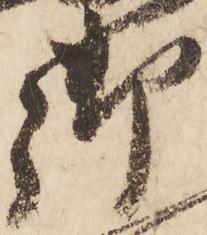
御